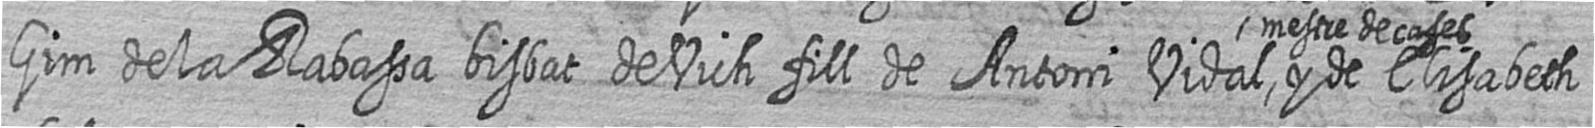
Gim de la Rabassa bisbat de Vich fill de Antoni Vidal mestre de cases y de Elisabeth